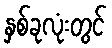
နှစ်ခုလုံးတွင်